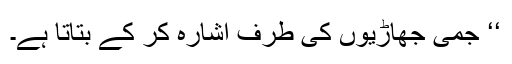
‘‘ جمی جھاڑیوں کی طرف اشارہ کر کے بتاتا ہے۔